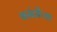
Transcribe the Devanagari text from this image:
बसंतीच्या